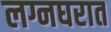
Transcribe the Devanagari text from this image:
लग्नघरात